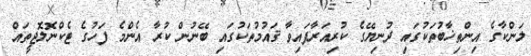
ލަންކާގެ އިންތިޚާބުތަކުގައި ދުނިޔޭގެ ކުރިއަރާފައިވާ ޤައުމުތަކުގައި ބޭނުން ކުރާ އެންމެ ފަހުގެ ޓެކްނޮލޮޖީތައް